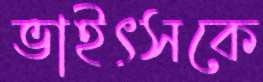
ভাইৎসকে